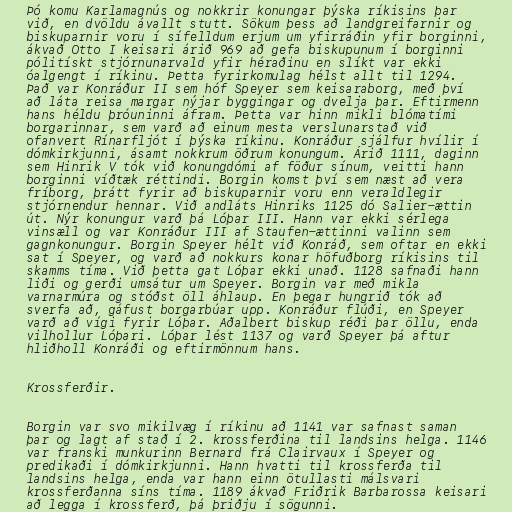
Þó komu Karlamagnús og nokkrir konungar þýska ríkisins þar
við, en dvöldu ávallt stutt. Sökum þess að landgreifarnir og
biskuparnir voru í sífelldum erjum um yfirráðin yfir borginni,
ákvað Otto I keisari árið 969 að gefa biskupunum í borginni
pólitískt stjórnunarvald yfir héraðinu en slíkt var ekki
óalgengt í ríkinu. Þetta fyrirkomulag hélst allt til 1294.
Það var Konráður II sem hóf Speyer sem keisaraborg, með því
að láta reisa margar nýjar byggingar og dvelja þar. Eftirmenn
hans héldu þróuninni áfram. Þetta var hinn mikli blómatími
borgarinnar, sem varð að einum mesta verslunarstað við
ofanvert Rínarfljót í þýska ríkinu. Konráður sjálfur hvílir í
dómkirkjunni, ásamt nokkrum öðrum konungum. Árið 1111, daginn
sem Hinrik V tók við konungdómi af föður sínum, veitti hann
borginni víðtæk réttindi. Borgin komst því sem næst að vera
fríborg, þrátt fyrir að biskuparnir voru enn veraldlegir
stjórnendur hennar. Við andláts Hinriks 1125 dó Salier-ættin
út. Nýr konungur varð þá Lóþar III. Hann var ekki sérlega
vinsæll og var Konráður III af Staufen-ættinni valinn sem
gagnkonungur. Borgin Speyer hélt við Konráð, sem oftar en ekki
sat í Speyer, og varð að nokkurs konar höfuðborg ríkisins til
skamms tíma. Við þetta gat Lóþar ekki unað. 1128 safnaði hann
liði og gerði umsátur um Speyer. Borgin var með mikla
varnarmúra og stóðst öll áhlaup. En þegar hungrið tók að
sverfa að, gáfust borgarbúar upp. Konráður flúði, en Speyer
varð að vígi fyrir Lóþar. Aðalbert biskup réði þar öllu, enda
vilhollur Lóþari. Lóþar lést 1137 og varð Speyer þá aftur
hliðholl Konráði og eftirmönnum hans.

Krossferðir.

Borgin var svo mikilvæg í ríkinu að 1141 var safnast saman
þar og lagt af stað í 2. krossferðina til landsins helga. 1146
var franski munkurinn Bernard frá Clairvaux í Speyer og
predikaði í dómkirkjunni. Hann hvatti til krossferða til
landsins helga, enda var hann einn ötullasti málsvari
krossferðanna síns tíma. 1189 ákvað Friðrik Barbarossa keisari
að legga í krossferð, þá þriðju í sögunni.